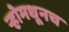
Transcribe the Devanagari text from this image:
र्‍होमधूनच